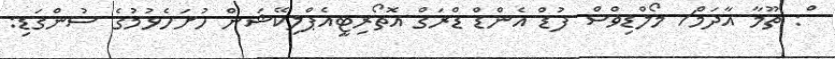
ް: ތޫމާ އާދަމް/ މޯލްޑިވްސް ފުޑް އެންޑް ޑްރަގް އޮތޯރިޓީއެޕްލިކޭޝަން ހުށަހެޅުމުގެ ސުންގަޑި: